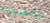
استخدمته